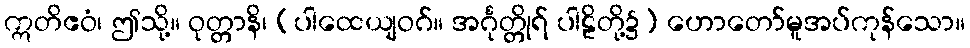
ဣတိဧဝံ၊ ဤသို့။ ဝုတ္တာနိ၊ (ပါထေယျဝဂ်။ အင်္ဂုတ္တိုရ် ပါဠိတို့၌) ဟောတော်မူအပ်ကုန်သော။